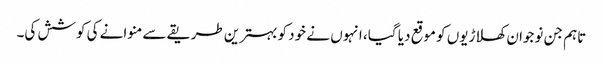
تاہم جن نوجوان کھلاڑیوں کو موقع دیا گیا، انہوں نے خود کو بہترین طریقے سے منوانے کی کوشش کی۔